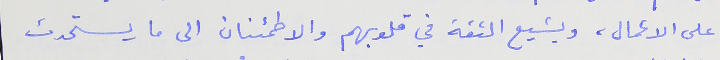
على الاعمال، ويشيع الثقة في قلوبهم والاطمئنان الى ما يستحدث